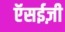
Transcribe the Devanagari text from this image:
ऍसईज़ी